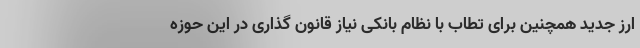
ارز جدید همچنین برای تطاب با نظام بانکی نیاز قانون گذاری در این حوزه